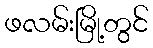
ဖလမ်းမြို့တွင်